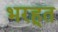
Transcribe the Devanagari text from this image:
भरहूत